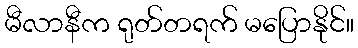
မီလာနီက ရုတ်တရက် မပြောနိုင်။